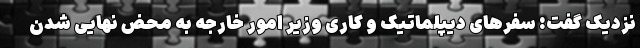
نزدیک گفت: سفرهای دیپلماتیک و کاری وزیر امور خارجه به محض نهایی شدن